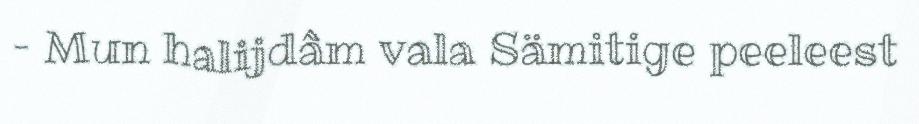
– Mun halijdâm vala Sämitige peeleest